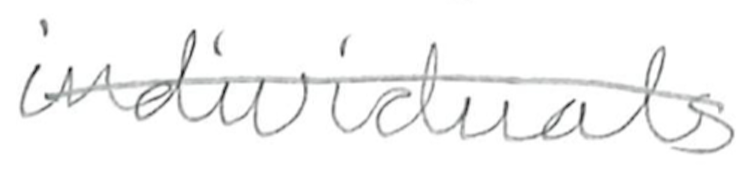
Text: individuals
Cross-out: single-line
Writing tool: pencil